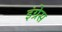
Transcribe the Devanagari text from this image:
इंग्रेस